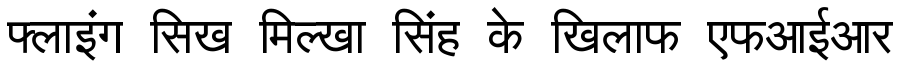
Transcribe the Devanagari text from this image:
फ्लाइंग सिख मिल्खा सिंह के खिलाफ एफआईआर